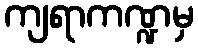
ကျရာကဏ္ဍမှ